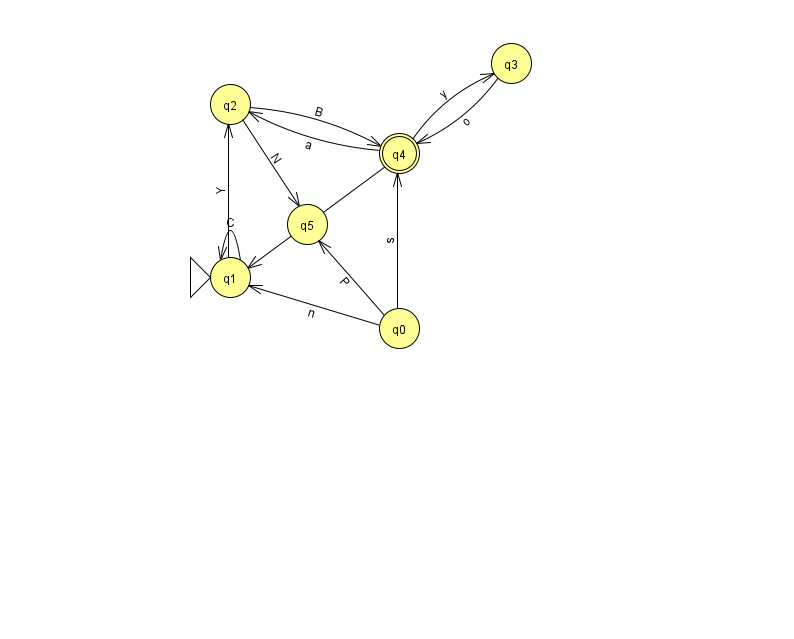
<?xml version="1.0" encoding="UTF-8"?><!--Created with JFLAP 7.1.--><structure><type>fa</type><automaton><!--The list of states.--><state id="0" name="q0"><x>399.0</x><y>315.0</y></state><state id="1" name="q1"><x>230.0</x><y>264.0</y><initial/></state><state id="2" name="q2"><x>230.0</x><y>91.0</y></state><state id="3" name="q3"><x>511.0</x><y>50.0</y></state><state id="4" name="q4"><x>399.0</x><y>140.0</y><final/></state><state id="5" name="q5"><x>307.0</x><y>211.0</y></state><!--The list of transitions.--><transition><from>0</from><to>4</to><read>s</read></transition><transition><from>3</from><to>4</to><read>o</read></transition><transition><from>0</from><to>1</to><read>n</read></transition><transition><from>1</from><to>1</to><read>C</read></transition><transition><from>2</from><to>5</to><read>N</read></transition><transition><from>4</from><to>3</to><read>y</read></transition><transition><from>4</from><to>1</to><read>y</read></transition><transition><from>0</from><to>5</to><read>P</read></transition><transition><from>2</from><to>4</to><read>B</read></transition><transition><from>4</from><to>2</to><read>a</read></transition><transition><from>1</from><to>2</to><read>Y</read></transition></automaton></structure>